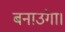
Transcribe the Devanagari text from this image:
बनाउंगा।